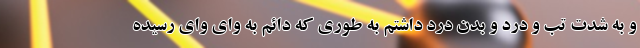
و به شدت تب و درد و بدن درد داشتم به طوری که دائم به وای وای رسیده